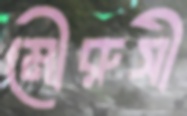
মৌরুসী